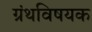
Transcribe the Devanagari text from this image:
ग्रंथविषयक